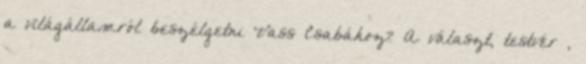
a világállamról beszél­getni Vass Csabához? A választ, testvér ,